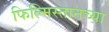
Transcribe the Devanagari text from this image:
फिल्मिस्तानच्या